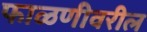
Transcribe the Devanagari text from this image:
फाळणीवरील